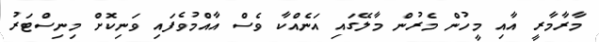
މާރާމާރީ އާއި މީހުން މެރުން މާލޭގައި އަނެއްކާ ވެސް އާއްމުވެފައި ވަނިކޮށް މިނިސްޓަރު